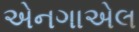
એનગાએલ